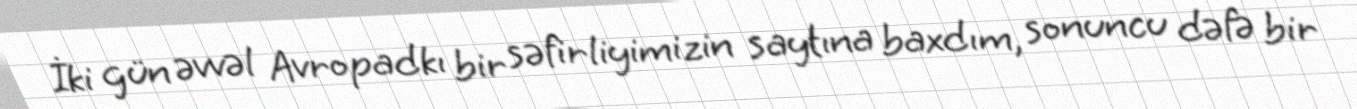
İki gün əvvəl Avropadkı bir səfirliyimizin saytına baxdım, sonuncu dəfə bir